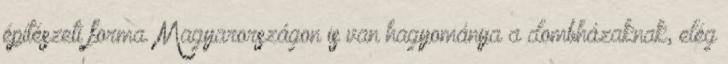
építészeti forma. Magyarországon is van hagyománya a dombházaknak, elég